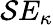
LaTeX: \mathcal{S}E_{\kappa}